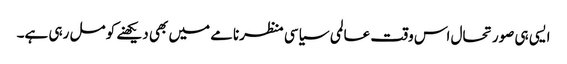
ایسی ہی صورتحال اس وقت عالمی سیاسی منظرنامے میں بھی دیکھنے کو مل رہی ہے۔